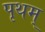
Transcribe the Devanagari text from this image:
पृथम्‌